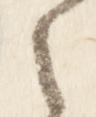
之